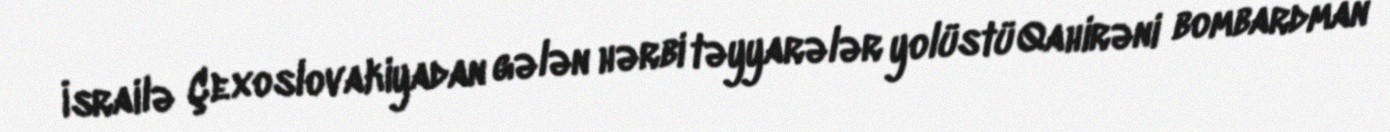
İsrailə Çexoslovakiyadan gələn hərbi təyyarələr yolüstü Qahirəni bombardman